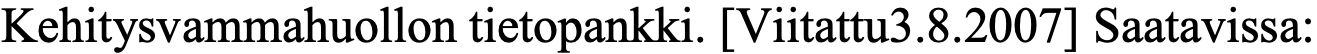
Kehitysvammahuollon tietopankki. [Viitattu3.8.2007] Saatavissa: